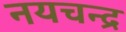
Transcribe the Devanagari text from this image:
नयचन्द्र